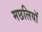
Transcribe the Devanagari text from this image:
मछलियाॅ